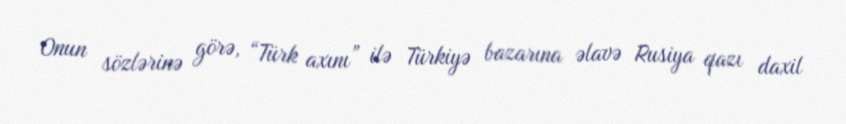
Onun sözlərinə görə, “Türk axını” ilə Türkiyə bazarına əlavə Rusiya qazı daxil